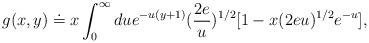
LaTeX: \begin{align*}g(x,y) \doteq x\int_0^{\infty} due^{-u(y+1)}(\frac{2e}{u})^{1/2}[1-x(2eu)^{1/2}e^{-u}],\end{align*}